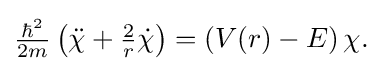
{\textstyle {\frac {\hbar ^{2}}{2m}}\left({\ddot {\chi }}+{\frac {2}{r}}{\dot {\chi }}\right)=\left(V(r)-E\right)\chi .}